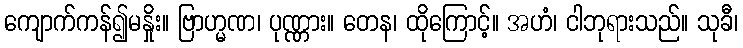
ကျောက်ကန်၍မနှိုး။ ဗြာဟ္မဏ၊ ပုဏ္ဏား။ တေန၊ ထိုကြောင့်။ အဟံ၊ ငါဘုရားသည်။ သုခီ၊